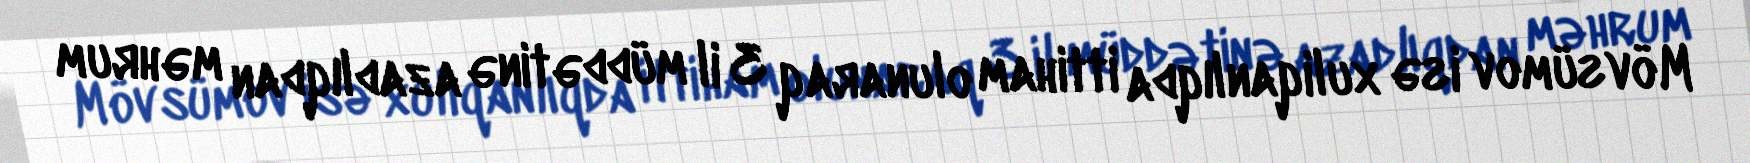
Mövsümov isə xuliqanlıqda ittiham olunaraq 3 il müddətinə azadlıqdan məhrum